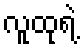
လူထုရဲ့